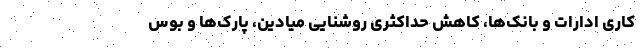
کاری ادارات و بانک‌ها، کاهش حداکثری روشنایی میادین، پارک‌ها و بوس